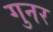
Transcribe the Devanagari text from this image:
गुनर